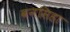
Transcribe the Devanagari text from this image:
बनसिहा